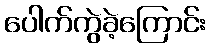
ပေါက်ကွဲခဲ့ကြောင်း